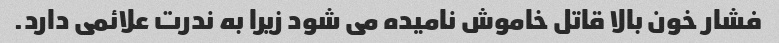
فشار خون بالا قاتل خاموش نامیده می شود زیرا به ندرت علائمی دارد.